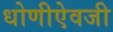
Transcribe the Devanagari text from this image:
धोणीऐवजी